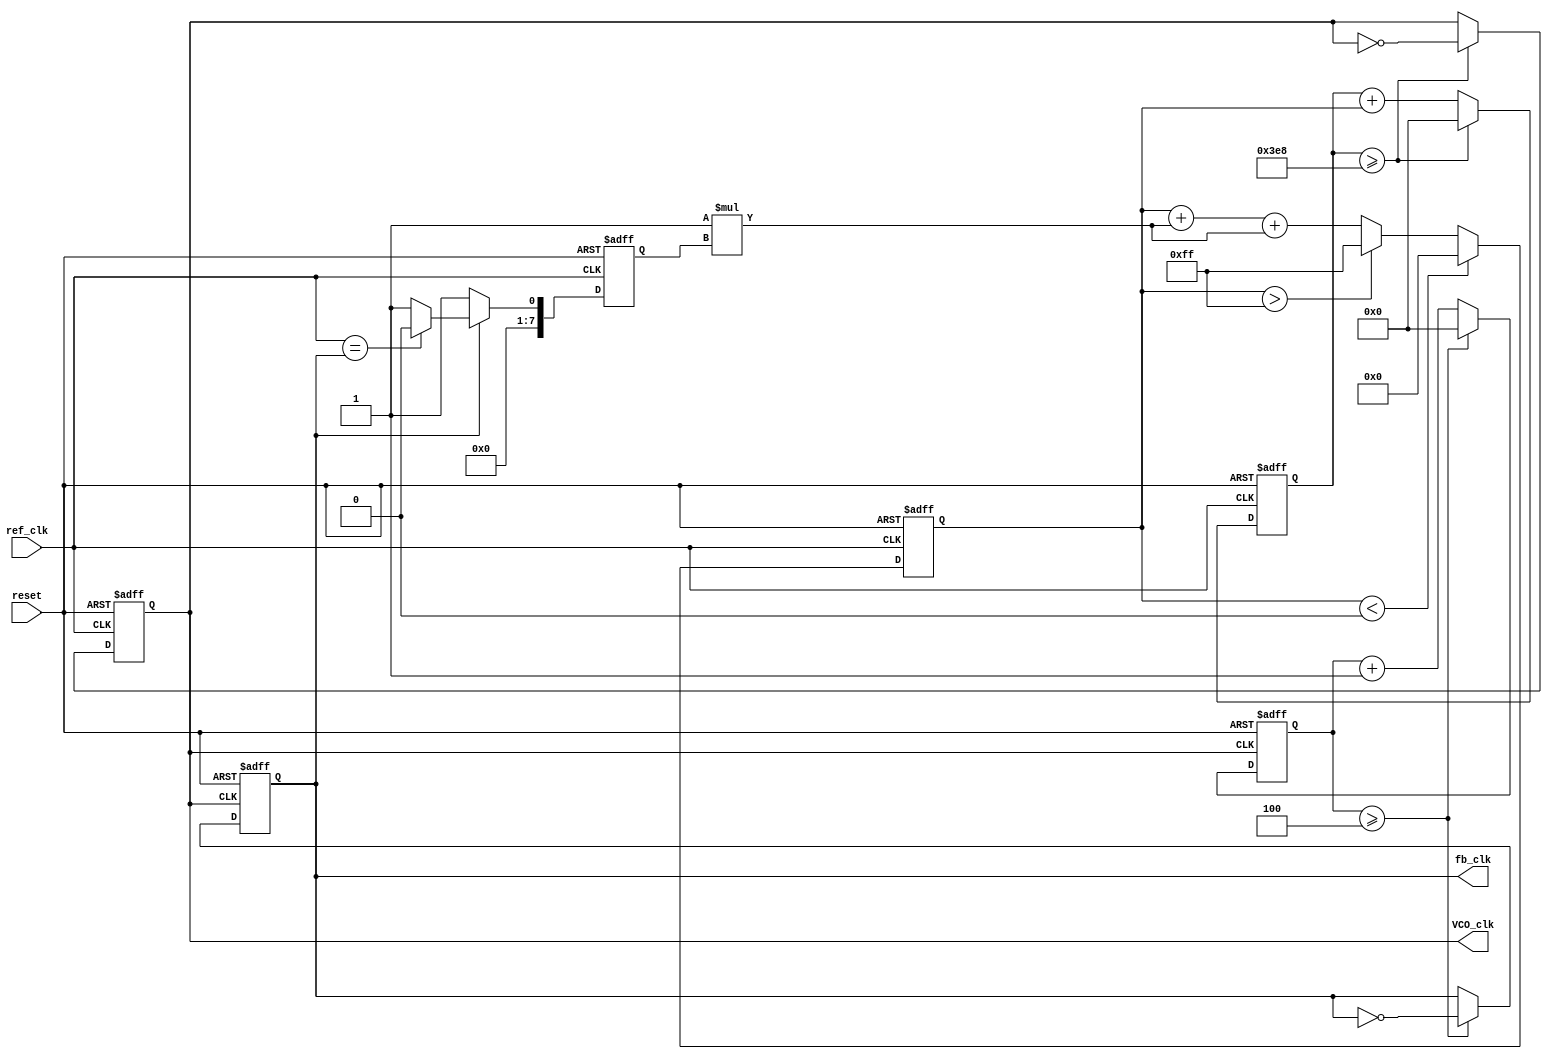
module DPLL (
    input wire ref_clk,       // Reference clock input
    input wire reset,         // Reset signal
    output reg VCO_clk,       // Output clock from VCO
    output reg fb_clk         // Feedback clock
);

    // Parameters for Loop Filter
    parameter Kp = 1;         // Proportional gain
    parameter Ki = 1;         // Integral gain
    parameter MAX_VCTRL = 255; // Maximum control voltage value
    parameter MIN_VCTRL = 0;   // Minimum control voltage value

    // Internal signals
    reg [7:0] Vctrl;          // Control voltage for VCO
    reg [7:0] phase_error;    // Phase error signal
    reg [31:0] counter;       // Counter for VCO clock generation
    reg [31:0] fb_counter;    // Counter for feedback clock generation
    reg [31:0] fb_divisor = 4; // Feedback divider (can be adjusted)

    // Phase Detector (PD)
    always @(posedge ref_clk or posedge reset) begin
        if (reset) begin
            phase_error <= 0;
        end else begin
            // Simple phase detection logic (can be enhanced)
            if (fb_clk) begin
                phase_error <= (ref_clk == fb_clk) ? 0 : 1; // Example phase comparison
            end else begin
                phase_error <= 1; // Indicating a phase error
            end
        end
    end

    // Loop Filter (LF)
    always @(posedge ref_clk or posedge reset) begin
        if (reset) begin
            Vctrl <= 0;
        end else begin
            // PI Filter implementation
            Vctrl <= Vctrl + (Kp * phase_error) + (Ki * phase_error);
            // Clamp Vctrl to MAX and MIN values
            if (Vctrl > MAX_VCTRL) Vctrl <= MAX_VCTRL;
            if (Vctrl < MIN_VCTRL) Vctrl <= MIN_VCTRL;
        end
    end

    // Voltage-Controlled Oscillator (VCO)
    always @(posedge ref_clk or posedge reset) begin
        if (reset) begin
            counter <= 0;
            VCO_clk <= 0;
        end else begin
            // Adjust VCO frequency based on Vctrl
            counter <= counter + Vctrl;
            if (counter >= 1000) begin // Arbitrary threshold for clock generation
                VCO_clk <= ~VCO_clk; // Toggle VCO clock
                counter <= 0;
            end
        end
    end

    // Feedback Path
    always @(posedge VCO_clk or posedge reset) begin
        if (reset) begin
            fb_counter <= 0;
            fb_clk <= 0;
        end else begin
            fb_counter <= fb_counter + 1;
            if (fb_counter >= fb_divisor) begin
                fb_clk <= ~fb_clk; // Toggle feedback clock
                fb_counter <= 0;
            end
        end
    end

endmodule